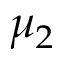
\mu _ { 2 }